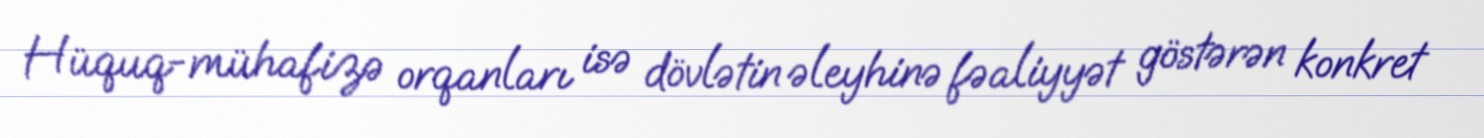
Hüquq-mühafizə orqanları isə dövlətin əleyhinə fəaliyyət göstərən konkret